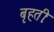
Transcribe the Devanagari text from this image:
बृहतीः